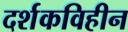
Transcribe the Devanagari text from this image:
दर्शकविहीन